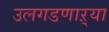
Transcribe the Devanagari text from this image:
उलगडणाऱ्या